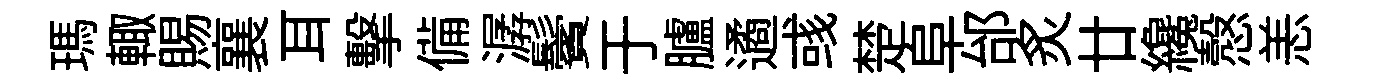
瑪輙賜襄耳擊備潺鬢于臚遹彧楚阜邰炙廿纔慤恙